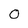
Character: 0